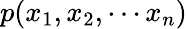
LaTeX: p(x_{1},x_{2},\cdots x_{n})